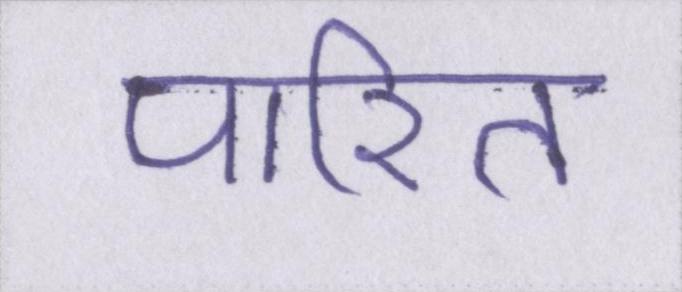
पारित